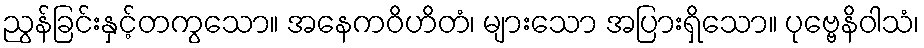
ညွန်ခြင်းနှင့်တကွသော။ အနေကဝိဟိတံ၊ များသော အပြားရှိသော။ ပုဗ္ဗေနိဝါသံ၊